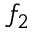
f _ { 2 }